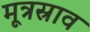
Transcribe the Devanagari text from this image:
मूत्रस्राव